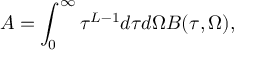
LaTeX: { \cal A } = \int _ { 0 } ^ { \infty } \tau ^ { L - 1 } d \tau d \Omega { \cal B } ( \tau , \Omega ) ,